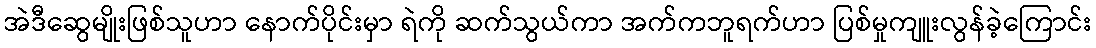
အဲဒီဆွေမျိုးဖြစ်သူဟာ နောက်ပိုင်းမှာ ရဲကို ဆက်သွယ်ကာ အက်ကဘူရက်ဟာ ပြစ်မှုကျူးလွန်ခဲ့ကြောင်း